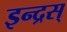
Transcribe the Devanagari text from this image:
इन्द्रस्